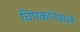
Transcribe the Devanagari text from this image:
चिपकानेवाले